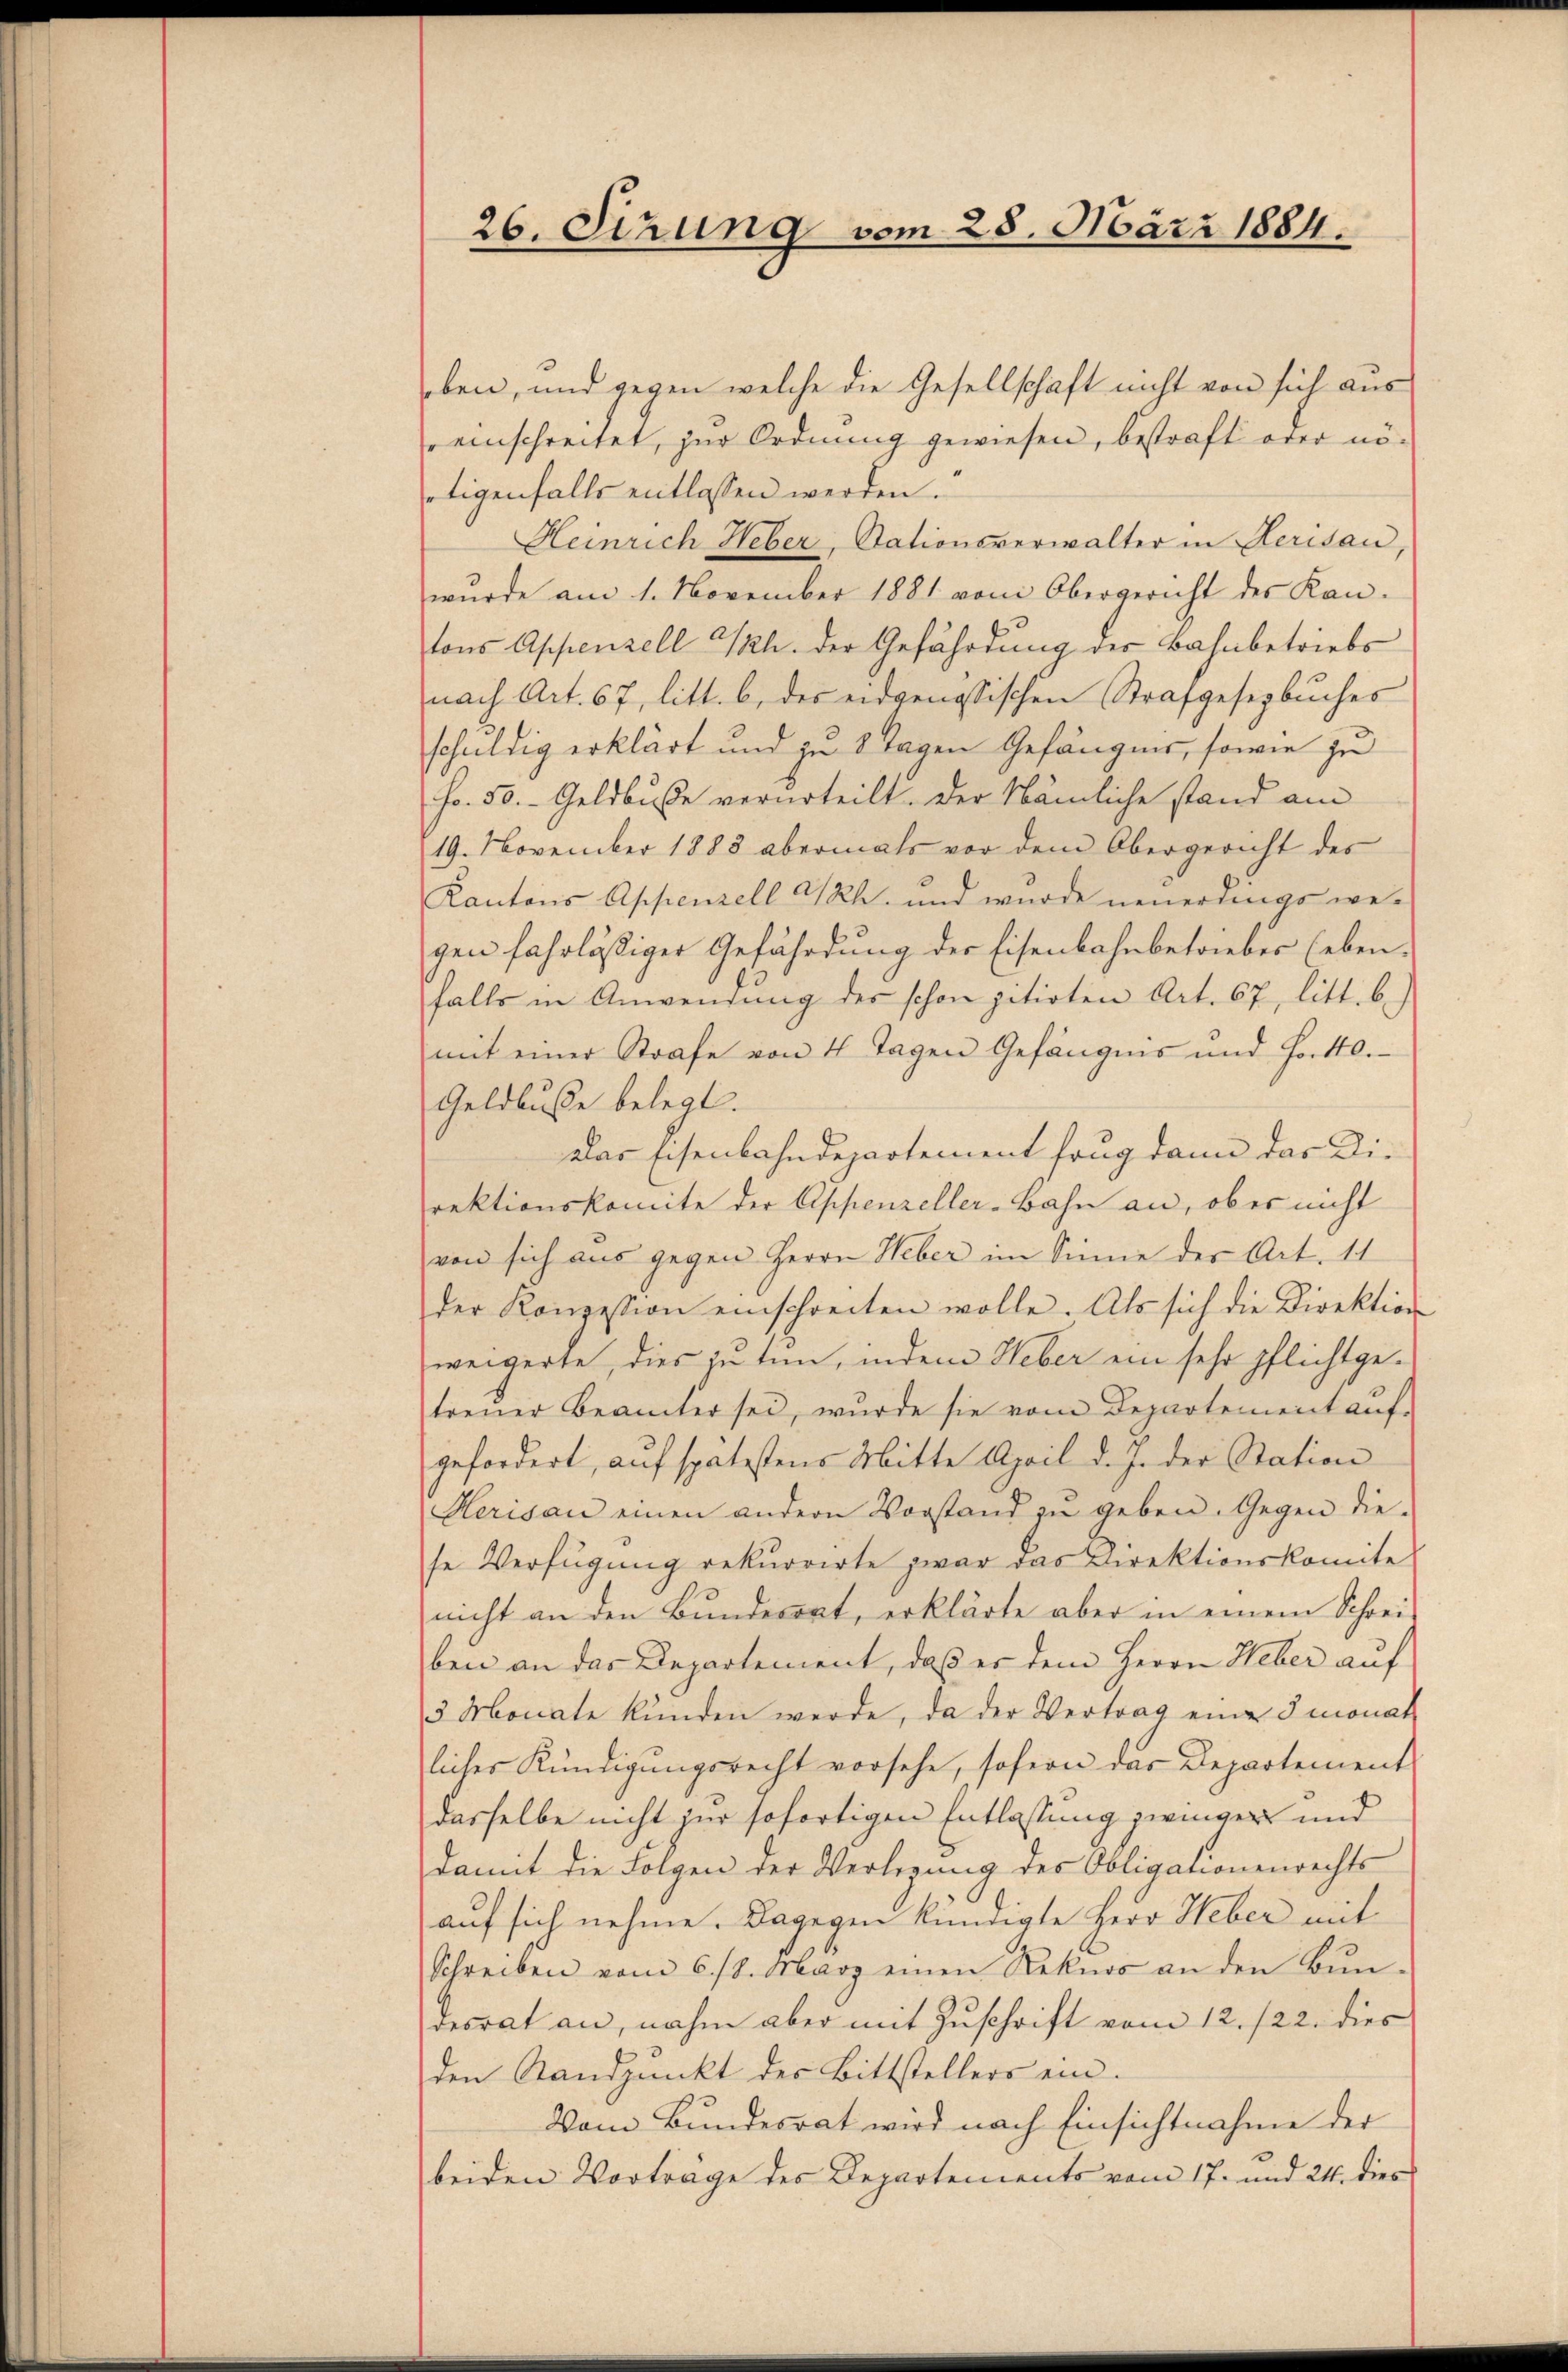
26. Sizung vom 28. März 1884.

ben, und gegen welche die Gesellschaft nicht von sich aus
einschreitet, zur Ordnung gewiesen, bestraft oder nöetigenfalls entlassen werden.
Heinrich Heber, Stationsverwalter in Herisau,
wurde am 1. November 1881 vom Obergericht des Kan-
tons Appenzell Th. der Gefährdung der Bahnbetriebs
nach Art. 67, litt. b. des eidgenössischen Strafgesezbuches
schuldig erklärt und zu 8 Tagen Gefängnis, sowie zu
Fr. 50.- Geldbuße verurteilt. Der Nämliche stand am
19. November 1883 abermals vor dem Obergericht des
Kantons Appenzell A/Rh. und wurde neuerdings wegen fahrlässiger Gefährdung der Eisenbahnbetrieber (eben.
falls in Anwendung des schon zitirten Art. 67, litt. b.)
mit einer Strafe von 4 Tagen Gefängnis und Hottl.
Geldbusse belegt.
das Eisenbahndepartement frug dann das Diirektionskomite der Appenzeller-Bahn an, ob es nicht
von sich aus gegen Herrn Heber im Sinne der Art. 11
der Konzession einschreiten wolle. Als sich die Direktion
weigerte, dies zu tun, indem Heber ein sehr pflichtgetreuer Beamter sei, wurde sie vom Departement auf-
gefordert, auf spätestens Mitte April d. J. der Station
Herisau einen andern Vorstand zŭ geben. Gegen die-
se Verfügung rekurrirte zwar das Direktionskomite
nicht an den Bŭndesrat, erklärte aber in einem Schrei-
ben an das Departement, daß er dem Herrn Heber auf
3 Monate künden werde, da der Vertrag eine Smonat
licher Kündigŭngsrecht vorsehe, sofern das Departement
dasselbe nicht zur sofortigen Entlassung zwingen und
damit die Folgen der Verlegung des Obligationenrechts
auf sich nehme. Dagegen kündigte Herr Heber mit
Schreiben vom 6. 18. März einen Rekurs an den Bŭn-
desrat an, nahm aber mit Zuschrift vom 12. 122. dies
den Standpunkt der Bittstellers ein.
Vom Bundesrat wird nach Einsichtnahme der
beiden Vorträge des Departements vom 17. und 24. dies